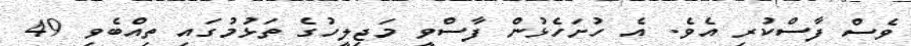
ވެސް ފާސްކުރި އެެވެ. އެ ހުށަހެޅުން ފާސްވީ މަޖިލީހުގެ ތަޅުމުގައި ތިއްބެވި 49